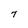
Character: 7